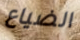
الضياع